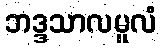
ဘဒ္ဒသာလမူလံ